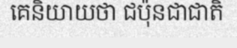
គេនិយាយថា ជប៉ុនជាជាតិ